Scottish Leaving Certificate Examination, 1953
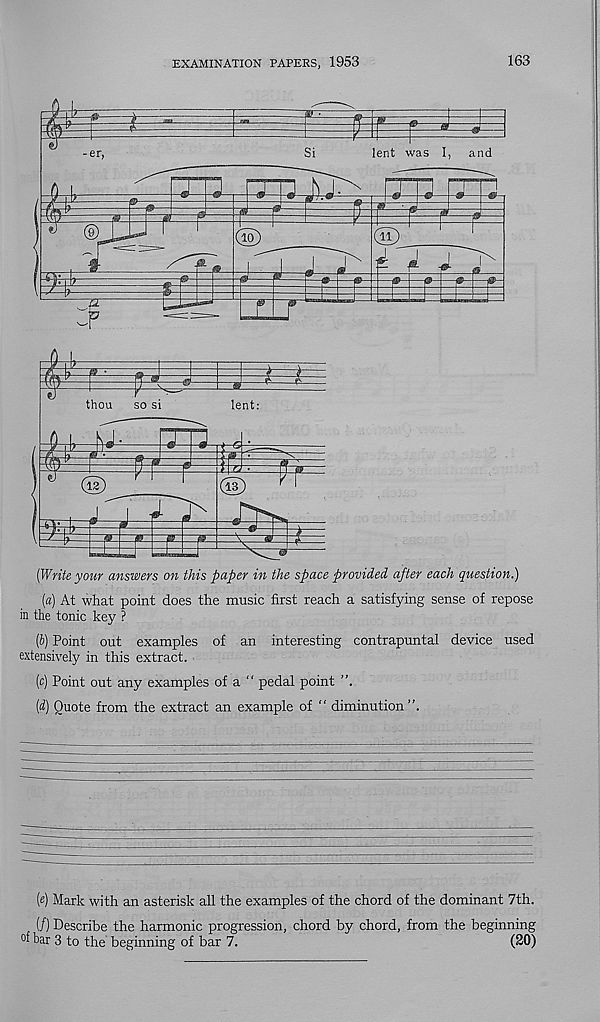
EXAMINATION PAPERS, 1953
163
{Write your answers on this paper in the space provided after each question.)
[a) At what point does the music first reach a satisfying sense of repose
in the tonic key ?
(b) Point out examples of an interesting contrapuntal device used
extensively in this extract.
(c) Point out any examples of a “ pedal point
(d) Quote from the extract an example of “ diminution
(e) Mark with an asterisk all the examples of the chord of the dominant 7th.
(/) Describe the harmonic progression, chord by chord, from the beginning
tar 3 to the beginning of bar 7.
(20)